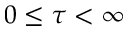
0 \leq \tau < \infty